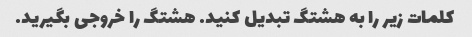
کلمات زیر را به هشتگ تبدیل کنید. هشتگ را خروجی بگیرید.